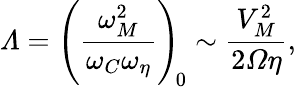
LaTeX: \varLambda=\left(\frac{\omega_{M}^{2}}{\omega_{C}\omega_{\eta}}\right)_{\! 0}\sim\frac{V_{M}^{2}}{2\varOmega\eta},